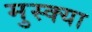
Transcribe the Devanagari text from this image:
मुस्क्या